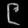
Digit: ၉